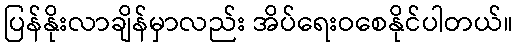
ပြန်နိုးလာချိန်မှာလည်း အိပ်ရေးဝစေနိုင်ပါတယ်။